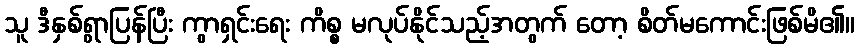
သူ ဒီနှစ်ရွာပြန်ပြီး ကွာရှင်းရေး ကိစ္စ မလုပ်နိုင်သည့်အတွက် တော့ စိတ်မကောင်းဖြစ်မိ၏။